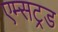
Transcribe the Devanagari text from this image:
एम्सट्रड